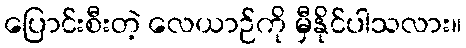
ပြောင်းစီးတဲ့ လေယာဉ်ကို မှီနိုင်ပါသလား။